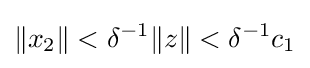
\|x_{2}\|<\delta ^{-1}\|z\|<\delta ^{-1}c_{1}